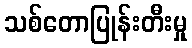
သစ်တောပြုန်းတီးမှု